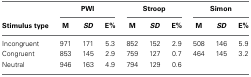
|  | <COLSPAN=3> PWI | <COLSPAN=3> Stroop | <COLSPAN=3> Simon |
 | Stimulus type | M | SD | E% | M | SD | E% | M | SD | E% |
 | --- | --- | --- | --- | --- | --- | --- | --- | --- | --- |
 | Incongruent | 971 | 171 | 5.3 | 852 | 152 | 2.9 | 508 | 146 | 5.9 |
 | Congruent | 853 | 145 | 2.9 | 759 | 127 | 0.7 | 464 | 145 | 3.2 |
 | Neutral | 946 | 163 | 4.9 | 794 | 129 | 0.6 |  |  |  |